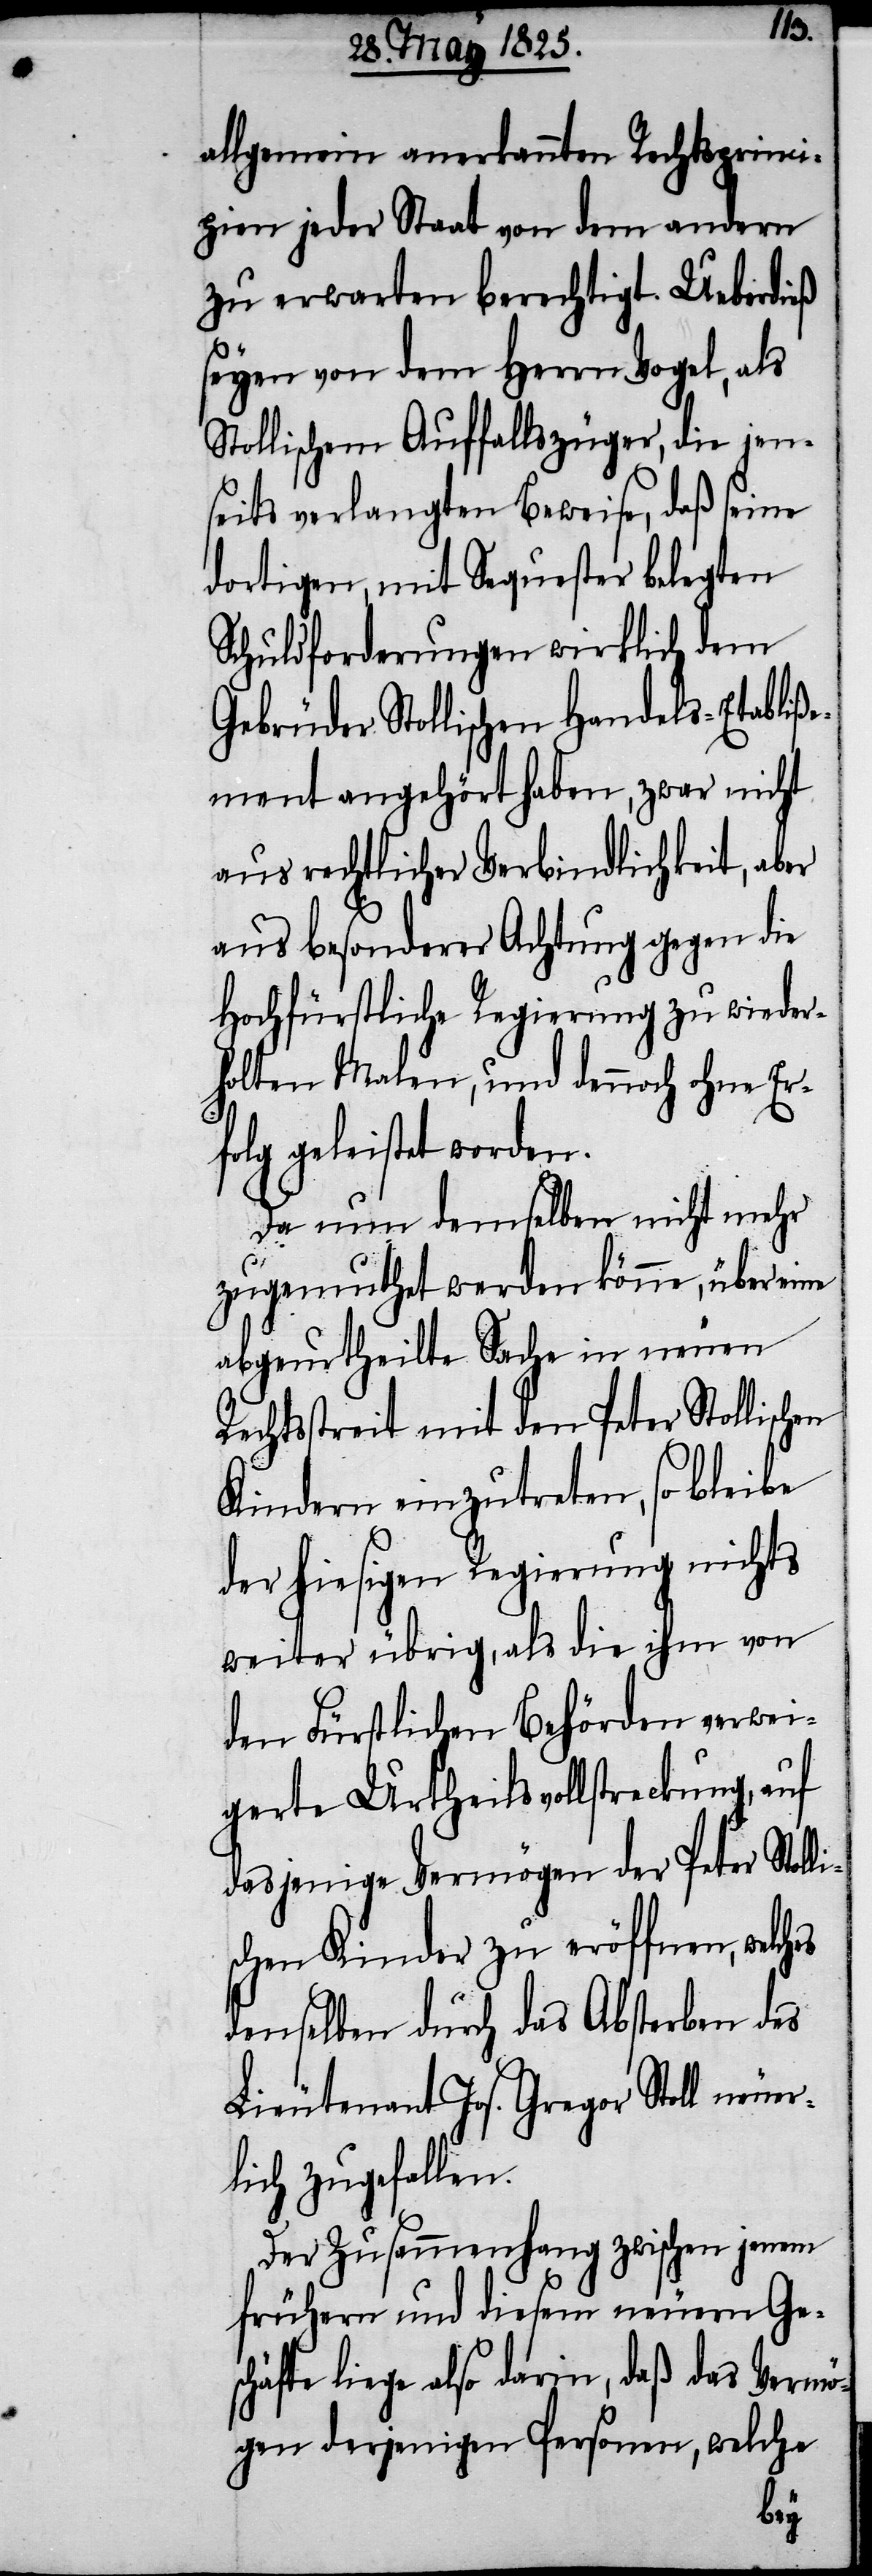
gen¬
allgemein anerkannte Rechtsprinci¬
pien jeder Staat von dem andern
zu erwarten berechtigt. Ueberdieß
seyen von dem Herrn Vogel, als
Stollischem Auffallszüger, die jen¬
seits verlangten Beweise, daß seine
dortigen, mit Sequester belegten
Schuldforderungen wirklich dem
Gebrüder Stollischen Handels-Etabliße¬
ment angehört haben, zwar nicht
aus rechtlicher Verbindlichkeit, aber
aus besonderer Achtung gegen die
Hochfürstliche Regierung zu wieder¬
holten Malen, und dennoch ohne Er¬
folg geleistet worden.
Da nun demselben nicht mehr
zugemuthet werden könne, über eine
abgeurtheilte Sache in neuen
Rechtsstreit mit den Peter Stollischen
Kindern einzutreten, so bleibe
der hiesigen Regierung nichts
weiter übrig, als die ihm von
den Fürstlichen Behörden verwei¬
gerte Urtheilsvollstreckung, auf
dasjenige Vermögen der Peter Stol¬
chen Kinder zu eröffnen,
denselben durch das Absterben des
Lieutenant Jos. Gregor Stoll neuer¬
lich zugefallen.
Der Zusammenhang zwischen jenem
frühern und diesem neuen Ge¬
stand liege also darin, daß das Vermö¬
gen derjenigen Personen, welche